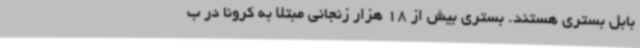
بابل بستری هستند. بستری بیش از 18 هزار زنجانی مبتلا به کرونا در ب